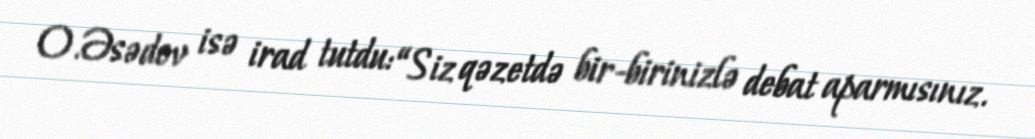
O.Əsədov isə irad tutdu: “Siz qəzetdə bir-birinizlə debat aparmısınız.